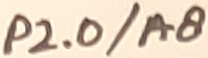
Text: P2.0/A8